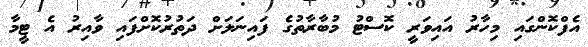
އެފްކޮންގައި މިހާރު އައިވަރީ ކޮސްޓު މުބާރާތުގެ ފައިނަލަށް ދަތުރުކޮށްފައި ވާއިރު އެ ޓީމާ